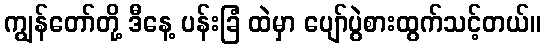
ကျွန်တော်တို့ ဒီနေ့ ပန်းခြံ ထဲမှာ ပျော်ပွဲစားထွက်သင့်တယ်။